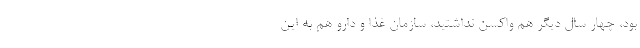
بود، چهار سال دیگر هم واکسن نداشتید، سازمان غذا و دارو هم به این